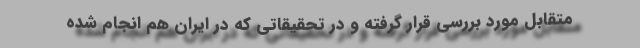
متقابل مورد بررسی قرار گرفته و در تحقیقاتی که در ایران هم انجام شده